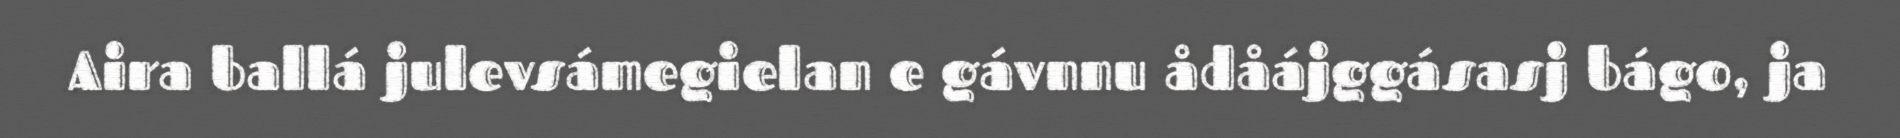
Aira ballá julevsámegielan e gávnnu ådåájggásasj bágo, ja